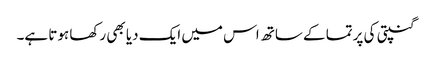
گنپتی کی پرتما کے ساتھ اس میں ایک دیا بھی رکھا ہوتا ہے۔